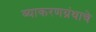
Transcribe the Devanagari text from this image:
व्याकरणग्रंथाचे